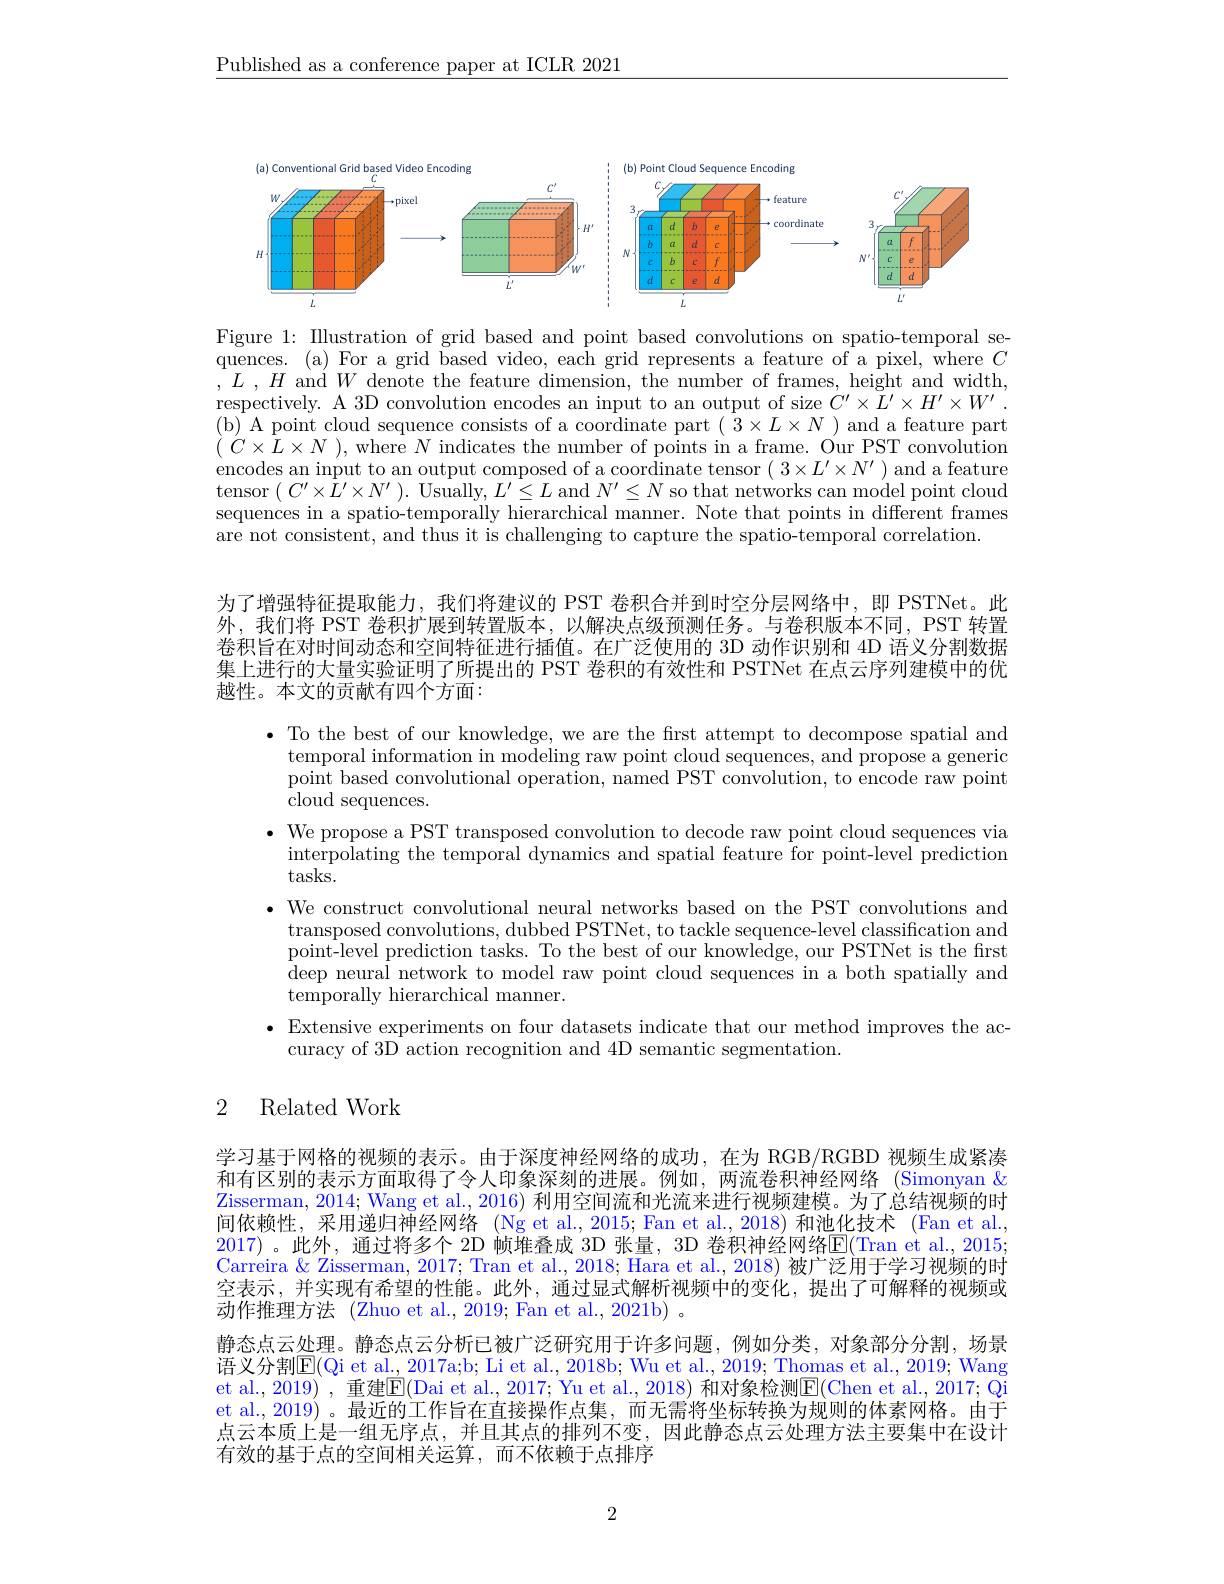
$\underline{\text{Published as a conference paper at ICLR 2021}}$

<FigureHere>

Figure 1: Illustration of grid based and point based convolutions on spatio-temporal sequences. (a) For a grid based video, each grid represents a feature of a pixel, where $C$ $, L$ , $H$ and$W$ denote the feature dimension, the number of frames, height and width, respectively. A 3D convolution encodes an input to an output of size $C^\prime\times\bar{L}^{\prime}\times H^{\prime}\times W^{\prime}.$ (b) A point cloud sequence consists of a coordinate part $(\bar{3}\times L\times N)$ and a feature part $(C\times L\times N)$,where $N$ indicates the number of points in a frame. Our PST convolution encodes an input to an output composed of a coordinate tensor $(3\times L^{\prime}\times N^{\prime})$ and a feature tensor $(C^{\prime}\times L^{\prime}\times N^{\prime}).$ Usually, $L^\prime\leq L$ and $N^{\prime}\leq N$ so that networks can model point cloud sequences in a spatio-temporally hierarchical manner. Note that points in different frames are not consistent, and thus it is challenging to capture the spatio-temporal correlation.

为了增强特征提取能力，我们将建议的 PST 卷积合并到时空分层网络中，即 PSTNet。此外，我们将 PST 卷积扩展到转置版本，以解决点级预测任务。与卷积版本不同，PST 转置卷积旨在对时间动态和空间特征进行插值。在广泛使用的 3D 动作识别和 4D 语义分割数据集上进行的大量实验证明了所提出的 PST 卷积的有效性和 PSTNet 在点云序列建模中的优越性。本文的贡献有四个方面：

· To the best of our knowledge, we are the first attempt to decompose spatial and
temporal information in modeling raw point cloud sequences, and propose a generic point based convolutional operation, named PST convolution, to encode raw point ${\mathrm{cloud~sequences.}}$
$\bullet$ We propose a PST transposed convolution to decode raw point cloud sequences via
interpolating the temporal dynamics and spatial feature for point-level prediction
tasks.
·We construct convolutional neural networks based on the PST convolutions and
transposed convolutions, dubbed PSTNet, to tackle sequence-level classification and point-level prediction tasks. To the best of our knowledge, our PSTNet is the first deep neural network to model raw point cloud sequences in a both spatially and temporally hierarchical manner.
$\bullet$ Extensive experiments on four datasets indicate that our method improves the ac-
curacy of 3D action recognition and 4D semantic segmentation.

## 2 Related Work

学习基于网格的视频的表示。由于深度神经网络的成功，在为 RGB/RGBD 视频生成紧凑和有区别的表示方面取得了令人印象深刻的进展。例如，两流卷积神经网络(Simonyan& Zisserman, 2014; Wang et al., 2016) 利用空间流和光流来进行视频建模。为了总结视频的时间依赖性，采用递归神经网络 (Ng et al.,2015; Fan et al.,2018)和池化技术 (Fan et al., 2017) 。此外，通过将多个 2D 帧堆叠成 3D 张量，3D 卷积神经网络E(Tran et al..,2015; Carreira & Zisserman, 2017; Tran et al., 2018; Hara et al., 2018) 被广泛用于学习视频的时空表示，并实现有希望的性能。此外，通过显式解析视频中的变化，提出了可解释的视频或动作推理方法 (Zhuo et al., 2019; Fan et al., 2021b) 。
静态点云处理。静态点云分析已被广泛研究用于许多问题，例如分类，对象部分分割，场景语义分割$\mathbb{E}($Qi et al., 2017a;b; Li et al., 2018b; Wu et al., 2019; Thomas et al., 2019; Wang et al., 2019) , 重建$\mathbb{E}($Dai et al., 2017; Yu et al., 2018) 和对象检测$\mathbb{E}($Chen et al., 2017; Qi et al., 2019)。最近的工作旨在直接操作点集，而无需将坐标转换为规则的体素网格。由于点云本质上是一组无序点，并且其点的排列不变，因此静态点云处理方法主要集中在设计有效的基于点的空间相关运算，而不依赖于点排序

2